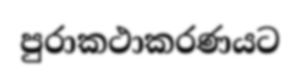
පුරාකථාකරණයට